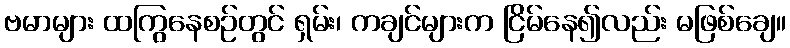
ဗမာများ ထကြွနေစဉ်တွင် ရှမ်း၊ ကချင်များက ငြိမ်နေ၍လည်း မဖြစ်ချေ။